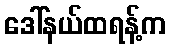
ဒေါ်နယ်ထရန့်က